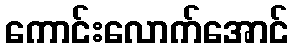
ကောင်းလောက်အောင်